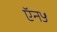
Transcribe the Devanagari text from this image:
ऍन५